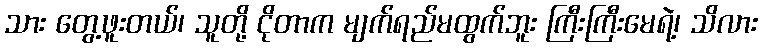
သား တွေ့ဖူးတယ်၊ သူတို့ ငိုတာက မျက်ရည်မထွက်ဘူး ကြီးကြီးမေရဲ့၊ သိလား